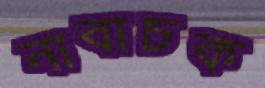
নাবাচক